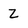
Character: Z